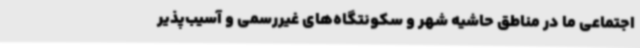
اجتماعی ما در مناطق حاشیه شهر و سکونتگاه‌های غیررسمی و آسیب‌پذیر